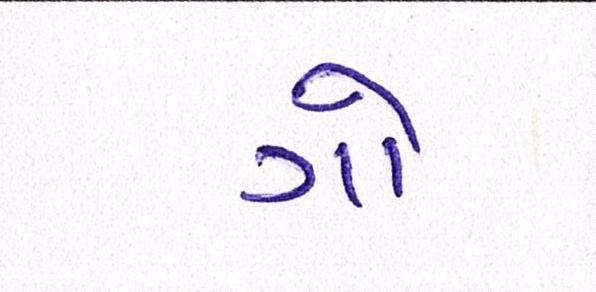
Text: ગો